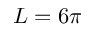
L = 6 \pi